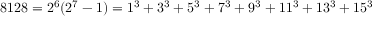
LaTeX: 8 1 2 8 = 2 ^ { 6 } ( 2 ^ { 7 } - 1 ) = 1 ^ { 3 } + 3 ^ { 3 } + 5 ^ { 3 } + 7 ^ { 3 } + 9 ^ { 3 } + 1 1 ^ { 3 } + 1 3 ^ { 3 } + 1 5 ^ { 3 }